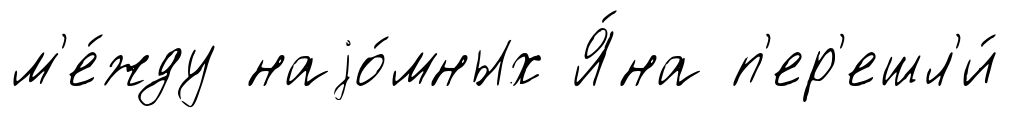
м'е́жду наjо́мных Я́на п'ер'ешл'и́